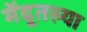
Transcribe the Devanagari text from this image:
मेंदूतल्या